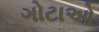
ગોટાઓ